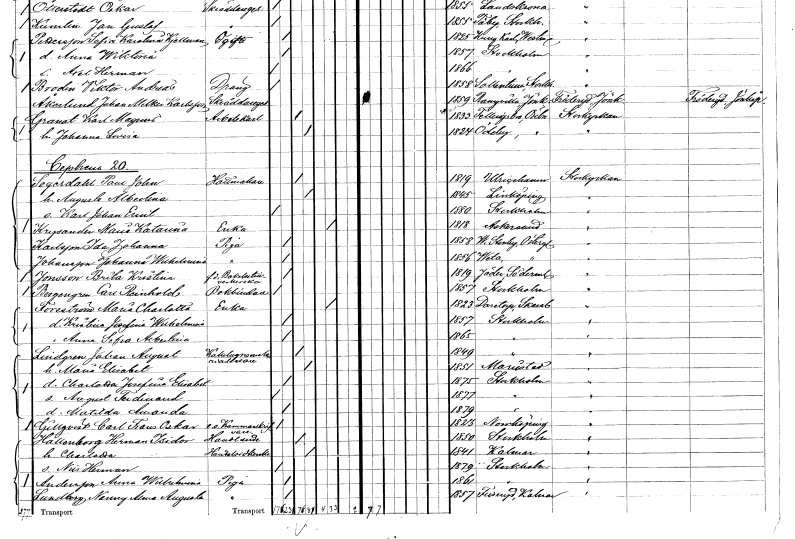
gt_parse: households: individuals: FN: Paul John
EN: Segerdahl
YRKE: Hattmakare
KON: M
CIV: G
FODAR: 1819
FODFORS: Ulricehamn Älvsborgs län
FN: Augusta Albertina
KON: K
CIV: G
FODAR: 1845
FODFORS: Linköping Östergötlands län
FN: Karl Johan Emil
KON: M
CIV: O
FODAR: 1880
FODFORS: Stockholm
FN: Maria Katarina
EN: Krysander
YRKE: Änka
KON: K
CIV: E
FODAR: 1818
FODFORS: Askersund Örebro län
FN: Ida Johanna
EN: Karlsson
YRKE: Piga
KON: K
CIV: O
FODAR: 1858
FODFORS: Västra Stenby Östergötlands län
FN: Johanna Wilhelmina
EN: Johansson
YRKE: Piga
KON: K
CIV: O
FODAR: 1856
FODFORS: Veta Östergötlands län
FN: Brita Kristina
EN: Jonsson
YRKE: Bakelsetillverkare f.d.
KON: K
CIV: O
FODAR: 1819
FODFORS: Jäder Södermanlands län
FN: Carl Reinhold
EN: Bergengren
YRKE: Bokbindare
KON: M
CIV: O
FODAR: 1857
FODFORS: Stockholm
FN: Maria Charlotta
EN: Forsström
YRKE: Änka
KON: K
CIV: E
FODAR: 1823
FODFORS: Daretorp Skaraborgs län
FN: Kristina Josefina Wilhelmina
KON: K
CIV: O
FODAR: 1857
FODFORS: Stockholm
FN: Anna Sofia Albertina
KON: K
CIV: O
FODAR: 1865
FODFORS: Stockholm
FN: Johan August
EN: Lindgren
YRKE: Kakelugnsmakeriarbetare
KON: M
CIV: G
FODAR: 1849
FODFORS: Stockholm
FN: Maria Elisabet
KON: K
CIV: G
FODAR: 1851
FODFORS: Mariestad Skaraborgs län
FN: Charlotta Josefina Elisabet
KON: K
CIV: O
FODAR: 1875
FODFORS: Stockholm
FN: August Ferdinand
KON: M
CIV: O
FODAR: 1877
FODFORS: Stockholm
FN: Matilda Amanda
KON: K
CIV: O
FODAR: 1879
FODFORS: Stockholm
FN: Carl Frans Oskar
EN: Gillqvist
YRKE: Kammarskrivare e. o.
KON: M
CIV: O
FODAR: 1823
FODFORS: Norrköping Östergötlands län
FN: Herman Isidor
EN: Hallenborg
YRKE: Handlande
KON: M
CIV: G
FODAR: 1850
FODFORS: Stockholm
FN: Charlotta
YRKE: Handelsidkerska
KON: K
CIV: G
FODAR: 1841
FODFORS: Kalmar Kalmar län
FN: Nils Herman
KON: M
CIV: O
FODAR: 1879
FODFORS: Stockholm
FN: Anna Wilhelmina
EN: Andersson
YRKE: Piga
KON: K
CIV: O
FODAR: 1861
FODFORS: Stockholm
FN: Nanny Alma Augusta
EN: Lundberg
YRKE: Piga
KON: K
CIV: O
FODAR: 1857
FODFORS: Fliseryd Kalmar län